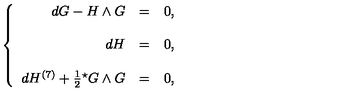
\left\{ \begin{array} { r c l } { d G - H \wedge G } & { = } & { 0 , } \\ { } & { } & { } \\ { d H } & { = } & { 0 , } \\ { } & { } & { } \\ { d H ^ { ( 7 ) } + \frac { 1 } { 2 } { } ^ { \star } G \wedge G } & { = } & { 0 , } \\ \end{array} \right.